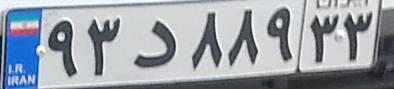
۹۳د۸۸۹۳۳